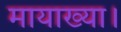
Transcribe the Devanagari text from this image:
मायाख्या।